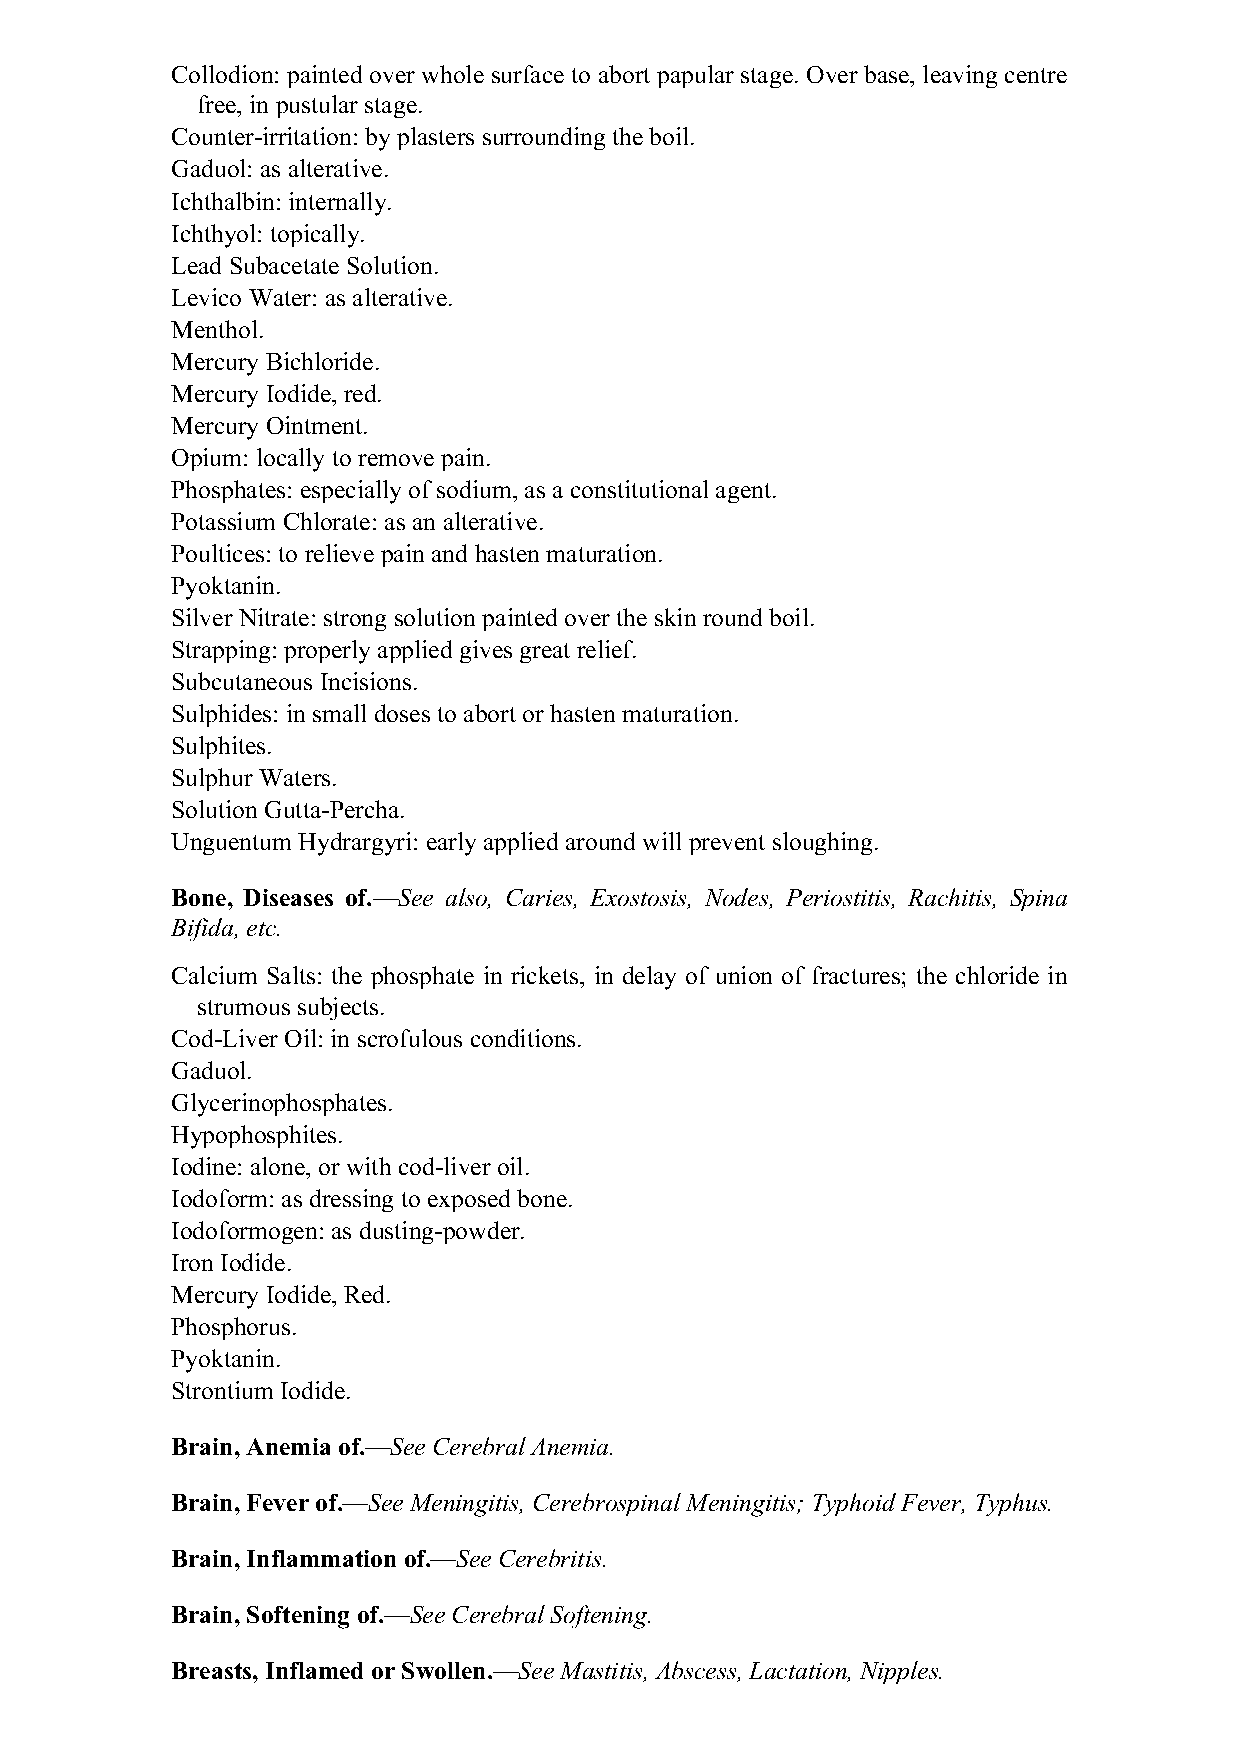
Collodion: painted over whole surface to abort papular stage. Over base, leaving centre
 free, in pustular stage.
 Counter-irritation: by plasters surrounding the boil.
 Gaduol: as alterative.
 Ichthalbin: internally.
 Ichthyol: topically.
 Lead Subacetate Solution.
 Levico Water: as alterative.
 Menthol.
 Mercury Bichloride.
 Mercury Iodide, red.
 Mercury Ointment.
 Opium: locally to remove pain.
 Phosphates: especially of sodium, as a constitutional agent.
 Potassium Chlorate: as an alterative.
 Poultices: to relieve pain and hasten maturation.
 Pyoktanin.
 Silver Nitrate: strong solution painted over the skin round boil.
 Strapping: properly applied gives great relief.
 Subcutaneous Incisions.
 Sulphides: in small doses to abort or hasten maturation.
 Sulphites.
 Sulphur Waters.
 Solution Gutta-Percha.
 Unguentum Hydrargyri: early applied around will prevent sloughing.
 Bone, Diseases of.—See also, Caries, Exostosis, Nodes, Periostitis, Rachitis, Spina
 Bifida, etc.
 Calcium Salts: the phosphate in rickets, in delay of union of fractures; the chloride in
 strumous subjects.
 Cod-Liver Oil: in scrofulous conditions.
 Gaduol.
 Glycerinophosphates.
 Hypophosphites.
 Iodine: alone, or with cod-liver oil.
 Iodoform: as dressing to exposed bone.
 Iodoformogen: as dusting-powder.
 Iron Iodide.
 Mercury Iodide, Red.
 Phosphorus.
 Pyoktanin.
 Strontium Iodide.
 Brain, Anemia of.—See Cerebral Anemia.
 Brain, Fever of.—See Meningitis, Cerebrospinal Meningitis; Typhoid Fever, Typhus.
 Brain, Inflammation of.—See Cerebritis.
 Brain, Softening of.—See Cerebral Softening.
 Breasts, Inflamed or Swollen.—See Mastitis, Abscess, Lactation, Nipples.